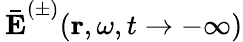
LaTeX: \mathbf{\, \bar{E}}^{(\pm)}(\mathbf{r},\omega,t\rightarrow-\infty)